system: You are a helpful assistant.
user:
Analyze the provided spectrum to determine if it is a **S-type Star**.

- **Key Indicators for S-type Star:**

    - **(Overall Spectrum Shape):** The first and most obvious characteristic is the overall continuum (the "baseline" shape). It is **extremely "red-sloping,"** meaning the flux (light intensity) is very low on the left side (blue, ~4000-4500 Å) and rises steeply and continuously toward the right side (red, ~7000 Å+).

    - **(Primary):** The spectrum is defined by the presence of strong, broad molecular absorption "valleys" (bands) from **Zirconium Oxide (ZrO)**. The identification of these bands is the **primary requirement** for classifying a star as S-type.
        - **(Key Bandheads):** You must find distinct, deep "dips" where the light has been absorbed. The most critical band systems to locate are:
            - **~6474 Å** ($\gamma$-system): This is often the strongest and clearest ZrO feature, found in the red part of the spectrum.
            - **~5718 Å** & **~5551 Å** ($\beta$-system): A pair of prominent absorption features in the yellow-orange part of the spectrum.
            - **~4640 Å** ($\alpha$-system): A key absorption band system in the blue-green region of the spectrum.

    - **(Secondary Confirmation):** The classification is strengthened by finding additional absorption bands from other related heavy element oxides, which are expected to be present alongside ZrO.
        - **(Key Bandheads):**
            - **Yttrium Oxide (YO):** Look for absorption dips near **~4800 Å** and **~6100 Å**.
            - **Lanthanum Oxide (LaO):** Additional absorption features, particularly in the red-orange part of the spectrum, are also characteristic.

    - **(Line Profile):** The combination of the steep red continuum and these numerous, deep molecular bands (ZrO, YO, etc.) gives the entire spectrum a very **"chopped-up"** or **"bumpy"** appearance. Instead of a smooth curve, the spectrum looks as though large, wide chunks of light have been "carved out" of it at the specific wavelengths listed above.

Think first, call **spectral_visualization_tool** if needed to examine features in detail, then provide your final answer. Your response must adhere to the following strict rules:
1.  **Overall Structure:** Your response must follow the format `<think>...</think> <tool_call>...</tool_call> (if a tool is used) <answer>...</answer>`.
2.  **Tool Usage Constraint:** You may only make **one** tool call per turn.
3.  **Final Answer Format:** In the `<answer>` tag, your conclusion must be inside a `\boxed{}` command (e.g., `\boxed{YES}` or `\boxed{NO}`), followed by your justification.

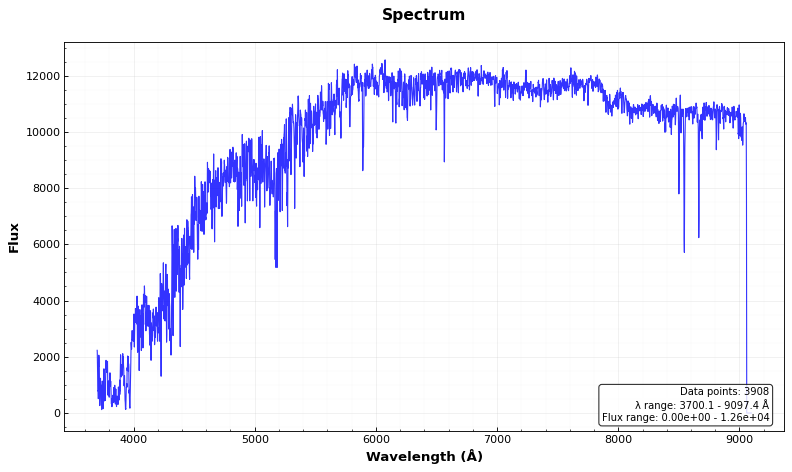
Answer: NO